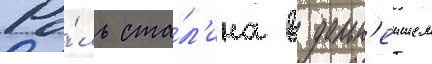
Ро́ль ста́л'ина в дальн'еишем